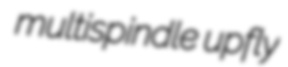
multispindle upfly